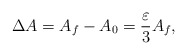
\begin{align*}\Delta A=A_{f}-A_{0}=\frac{\varepsilon }{3}A_{f}, \end{align*}